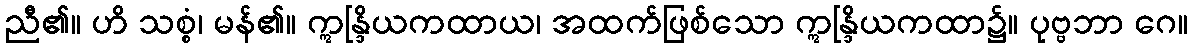
ညီ၏။ ဟိ သစ္စံ၊ မန်၏။ ဣန္ဒြိယကထာယ၊ အထက်ဖြစ်သော ဣန္ဒြိယကထာ၌။ ပုဗ္ဗဘာ ဂေ။